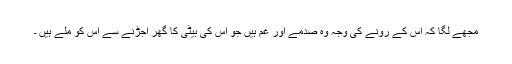
مجھے لگا کہ اس کے رونے کی وجہ وہ صدمے اور غم ہیں جو اس کی بیٹی کا گھر اجڑنے سے اس کو ملے ہیں ۔